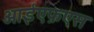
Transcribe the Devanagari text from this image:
आईएफ़एस